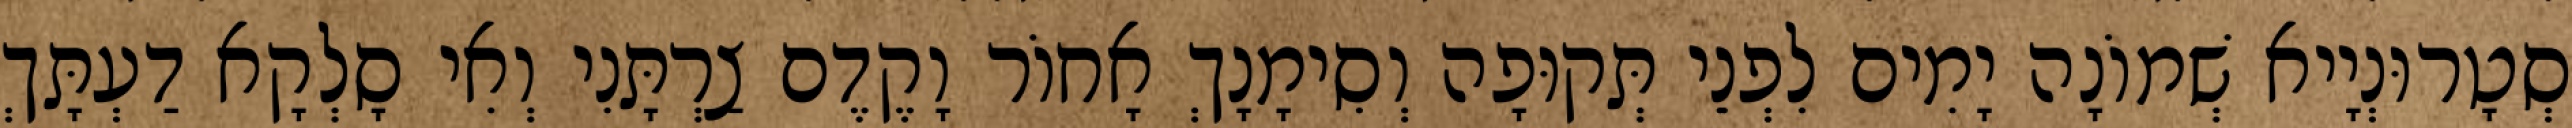
סְטָרוּנְיָיא שְׁמוֹנָה יָמִים לִפְנֵי תְּקוּפָה וְסִימָנָךְ אָחוֹר וָקֶדֶם צַרְתָּנִי וְאִי סָלְקָא דַעְתָּךְ